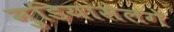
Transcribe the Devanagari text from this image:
मुडियांसेलगे